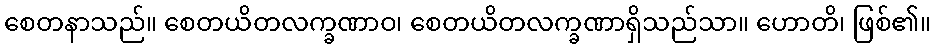
စေတနာသည်။ စေတယိတလက္ခဏာဝ၊ စေတယိတလက္ခဏာရှိသည်သာ။ ဟောတိ၊ ဖြစ်၏။